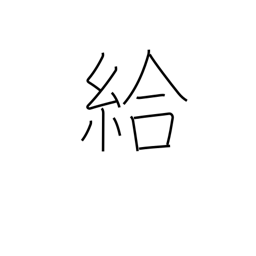
Meaning: wage